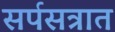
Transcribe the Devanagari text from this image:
सर्पसत्रात